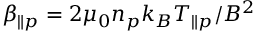
\beta _ { \parallel p } = 2 \mu _ { 0 } n _ { p } k _ { B } T _ { \parallel p } / B ^ { 2 }